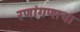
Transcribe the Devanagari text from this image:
रणांगणाचा